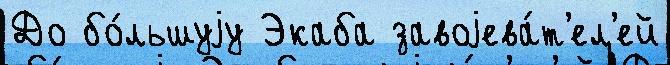
До бо́льшуjу Экаба завоjева́т'ел'ей